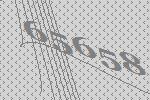
65658